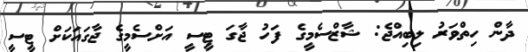
ދާން ހިތްވަރު ލިބިއްޖެ: ޝާޒްސެމީގެ ފަހު ޖާގަ ޓީސީ އަށްސެމީގެ ޖާގައަކަށް ޓީސީ